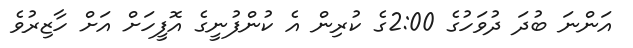
އަންނަ ބުދަ ދުވަހުގެ 2:00ގެ ކުރިން އެ ކުންފުނީގެ އޮފީހަށް އަށް ހާޒިރުވެ